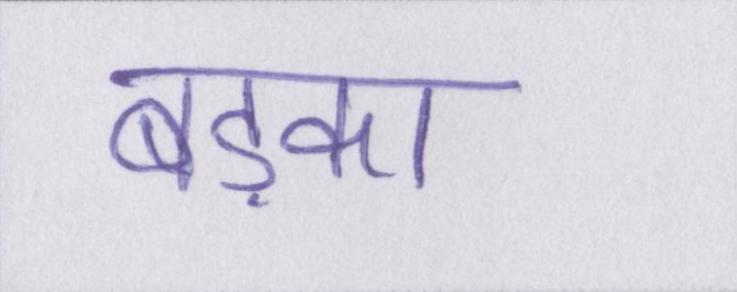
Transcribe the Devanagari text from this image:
बड़का